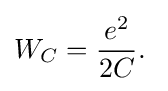
W_{C}={\frac {e^{2}}{2C}}.\